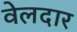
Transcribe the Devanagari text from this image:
वेलदार